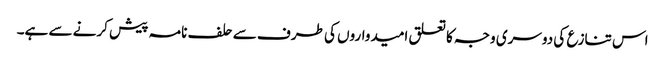
اس تنازع کی دوسری وجہ کا تعلق امیدواروں کی طرف سے حلف نامہ پیش کرنے سے ہے۔